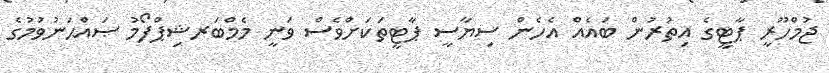
ޖުމްހޫރީ ޕާޓީގެ އިތުރުން ބައެއް އެހެން ސިޔާސީ ޕާޓީތަކަށްވެސް ވަނީ މެމްބަރޝިޕްފޯމު ޞައްޙަނުވުމުގެ